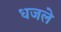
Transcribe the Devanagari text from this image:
धजले